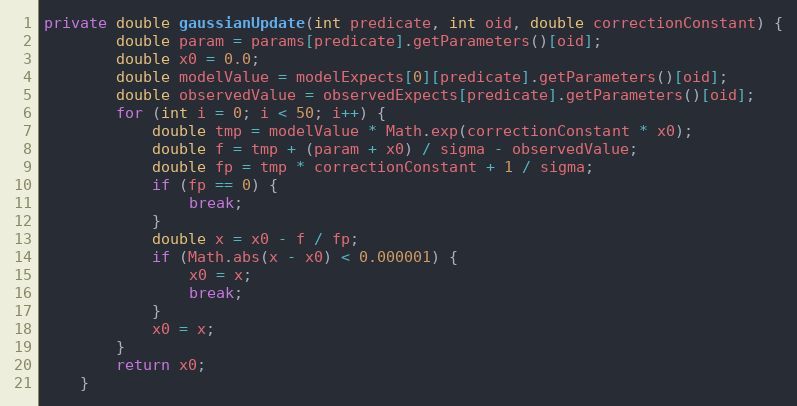
Language: Java
private double gaussianUpdate(int predicate, int oid, double correctionConstant) {
        double param = params[predicate].getParameters()[oid];
        double x0 = 0.0;
        double modelValue = modelExpects[0][predicate].getParameters()[oid];
        double observedValue = observedExpects[predicate].getParameters()[oid];
        for (int i = 0; i < 50; i++) {
            double tmp = modelValue * Math.exp(correctionConstant * x0);
            double f = tmp + (param + x0) / sigma - observedValue;
            double fp = tmp * correctionConstant + 1 / sigma;
            if (fp == 0) {
                break;
            }
            double x = x0 - f / fp;
            if (Math.abs(x - x0) < 0.000001) {
                x0 = x;
                break;
            }
            x0 = x;
        }
        return x0;
    }